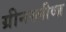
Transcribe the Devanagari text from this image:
ग्रीनस्लीव्ज़